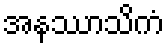
အနဿာသိကံ